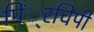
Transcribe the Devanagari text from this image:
पिं्रचिपी